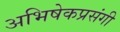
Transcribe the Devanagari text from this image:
अभिषेकप्रसंगी